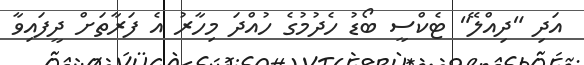
އަދި "ދިއްލޭ" ޓެކްސީ ބޯޑު ހެދުމުގެ ހުއްދަ މިހާރު އެ ފަރާތަށް ދީފައިވާ